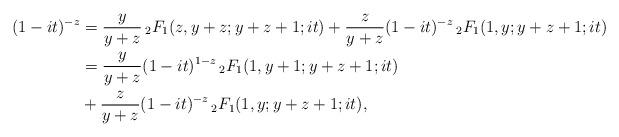
LaTeX: \begin{align*}(1-it)^{-z} &=\frac{y}{y+z} \,_2F_1(z,y+z;y+z+1;it) + \frac{z}{y+z}(1-it)^{-z} \,_2F_1(1,y;y+z+1;it)\\&= \frac{y}{y+z} (1-it)^{1-z}\,_2F_1(1,y+1;y+z+1;it)\\& + \frac{z}{y+z}(1-it)^{-z} \,_2F_1(1,y;y+z+1;it),\end{align*}